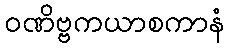
ဝဏိဗ္ဗကယာစကာနံ